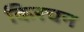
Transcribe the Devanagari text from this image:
किरचन